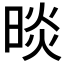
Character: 晱